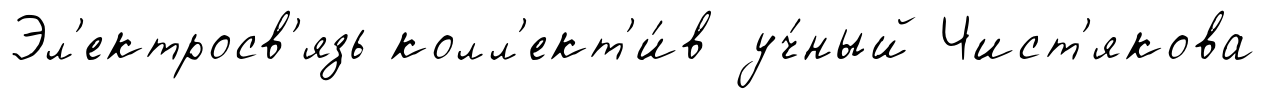
Эл'ектросв'язь колл'ект'и́в уч́ный Чист'якова